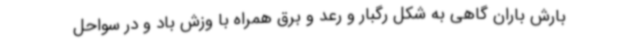
بارش باران گاهی به شکل رگبار و رعد و برق همراه با وزش باد و در سواحل